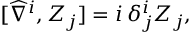
[ \widehat { \nabla } ^ { i } , Z _ { j } ] = i \, \delta _ { j } ^ { i } Z _ { j } ,